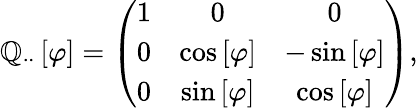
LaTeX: \mathbb{Q}_{\cdot\cdot}\left[\varphi\right]=\left(\begin{array}{ccc}{1}&{0}&{0}\\ {0}&{\cos\left[\varphi\right]}&{-\sin\left[\varphi\right]}\\ {0}&{\sin\left[\varphi\right]}&{\cos\left[\varphi\right]}\end{array}\right),